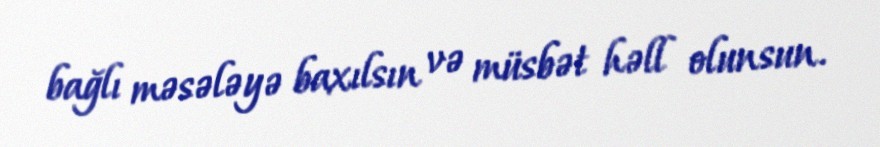
bağlı məsələyə baxılsın və müsbət həll olunsun.